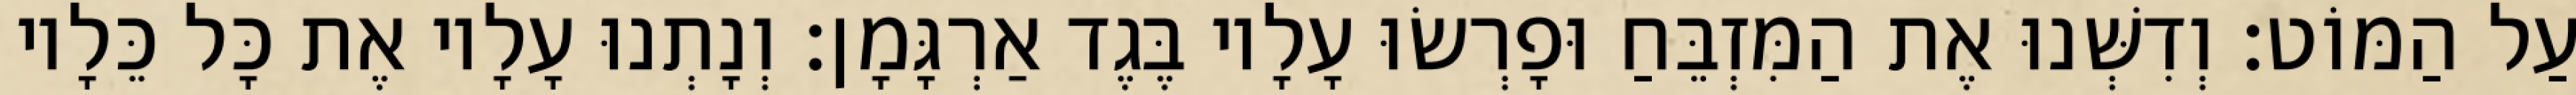
עַל הַמּוֹט׃ וְדִשְּׁנוּ אֶת הַמִּזְבֵּחַ וּפָרְשׂוּ עָלָיו בֶּגֶד אַרְגָּמָן׃ וְנָתְנוּ עָלָיו אֶת כָּל כֵּלָיו